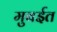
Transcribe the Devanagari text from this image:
मुबईत